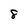
Character: 8